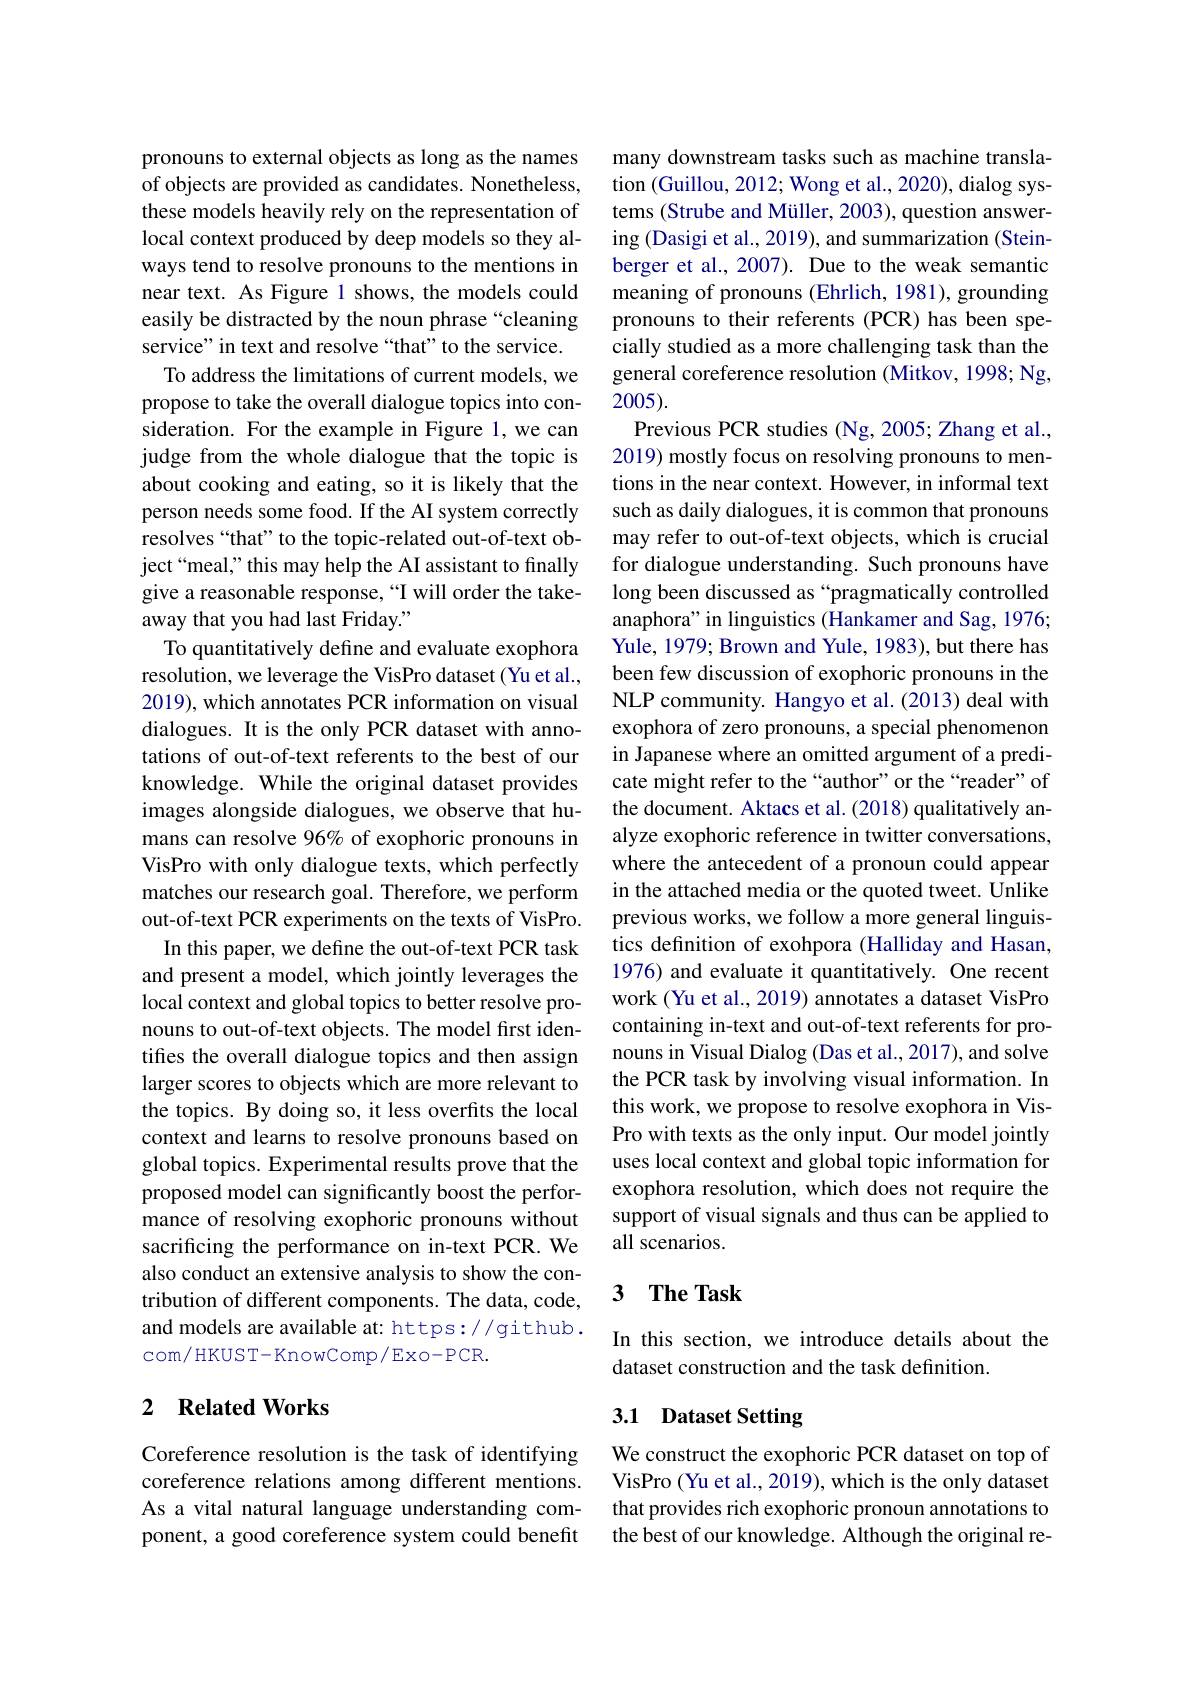
pronouns to external objects as long as the names of objects are provided as candidates. Nonetheless, these models heavily rely on the representation of local context produced by deep models so they always tend to resolve pronouns to the mentions in near text. As Figure 1 shows, the models could easily be distracted by the noun phrase “cleaning service" in text and resolve “that”to the service.
To address the limitations of current models, we propose to take the overall dialogue topics into consideration. For the example in Figure 1,we can judge from the whole dialogue that the topic is about cooking and eating, so it is likely that the person needs some food. If the AI system correctly resolves“that”to the topic-related out-of-text object“meal’” this may help the AI assistant to finally give a reasonable response,“I will order the takeaway that you had last Friday."
To quantitatively define and evaluate exophora resolution, we leverage the VisPro dataset (Yu et al., 2019), which annotates PCR information on visual dialogues. It is the only PCR dataset with annotations of out-of-text referents to the best of our knowledge. While the original dataset provides images alongside dialogues, we observe that humans can resolve 96% of exophoric pronouns in VisPro with only dialogue texts, which perfectly matches our research goal. Therefore, we perform out-of-text PCR experiments on the texts of VisPro.
In this paper, we define the out-of-text PCR task and present a model, which jointly leverages the local context and global topics to better resolve pronouns to out-of-text objects. The model first identifes the overall dialogue topics and then assign larger scores to objects which are more relevant to the topics. By doing so, it less overfits the local context and learns to resolve pronouns based on global topics. Experimental results prove that the proposed model can significantly boost the performance of resolving exophoric pronouns without sacrificing the performance on in-text PCR. We also conduct an extensive analysis to show the contribution of different components. The data, code, and models are available at: https://github. com/ HKUST- KnowComp/ Exo- PCR.

## 2 $\textbf{Related Works}$

Coreference resolution is the task of identifying coreference relations among different mentions. As a vital natural language understanding component, a good coreference system could benefit

many downstream tasks such as machine translation (Guillou, 2012; Wong et al., 2020), dialog systems (Strube and Müller, 2003), question answering (Dasigi et al., 2019), and summarization (Steinberger et al., 2007). Due to the weak semantic meaning of pronouns (Ehrlich, 1981), grounding pronouns to their referents (PCR) has been specially studied as a more challenging task than the general coreference resolution (Mitkov, 1998; Ng, 2005).
Previous PCR studies (Ng,2005; Zhang et al., 2019) mostly focus on resolving pronouns to mentions in the near context. However, in informal text such as daily dialogues, it is common that pronouns may refer to out-of-text objects, which is crucial for dialogue understanding. Such pronouns have long been discussed as “pragmatically controlled anaphora" in linguistics (Hankamer and Sag, 1976; Yule, 1979; Brown and Yule, 1983), but there has been few discussion of exophoric pronouns in the NLP community. Hangyo et al.(2013) deal with exophora of zero pronouns, a special phenomenon in Japanese where an omitted argument of a predicate might refer to the “author”or the“reader”of the document. Aktacs et al. (2018) qualitatively analyze exophoric reference in twitter conversations, where the antecedent of a pronoun could appear in the attached media or the quoted tweet. Unlike previous works, we follow a more general linguistics definition of exohpora (Halliday and Hasan, 1976) and evaluate it quantitatively. One recent work (Yu et al., 2019) annotates a dataset VisPro containing in-text and out-of-text referents for pronouns in Visual Dialog (Das et al., 2017), and solve the PCR task by involving visual information. In this work, we propose to resolve exophora in VisPro with texts as the only input. Our model jointly uses local context and global topic information for exophora resolution, which does not require the support of visual signals and thus can be applied to all scenarios.

## 3 $\textbf{The Task}$

In this section, we introduce details about the
dataset construction and the task definition.

## 3.1 Dataset Setting

We construct the exophoric PCR dataset on top of VisPro (Yu et al., 2019), which is the only dataset that provides rich exophoric pronoun annotations to the best of our knowledge. Although the original re-